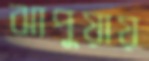
ঝাপুয়ায়